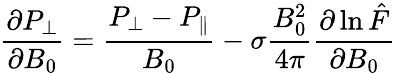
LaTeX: \frac{\partial P_{\perp}}{\partial B_{0}}=\frac{P_{\perp}-P_{\parallel}}{B_{0}}-\sigma\frac{B_{0}^{2}}{4\pi}\frac{\partial\ln\hat{F}}{\partial B_{0}}